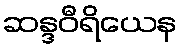
ဆန္ဒဝီရိယေန